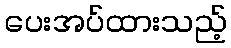
ပေးအပ်ထားသည့်